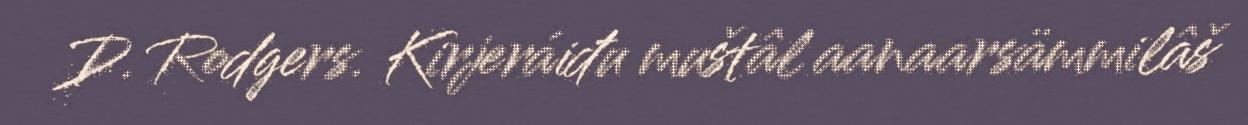
D. Rodgers. Kirjeráiđu muštâl aanaarsämmilâš